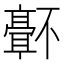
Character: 𬴜